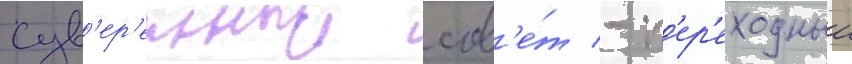
сув'ер'енныи сов'е́т - п'ер'еходныи